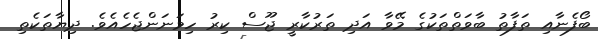
ބޯފެނާއި ތަފާތު ބާވަތްތަކުގެ މޭވާ އަދި ތަރުކާރީ ޖޫސް ކިރު ހިމަނަންޖެހެއެެވެ. ދިޔާތަކެތި